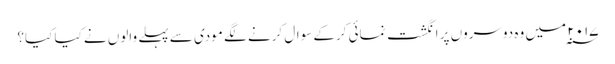
۲۰۱۷ ؁ میں وہ دوسروں پر انگشت نمائی کرکے سوال کرنے لگے مودی سے پہلے والوں نے کیا کیا؟